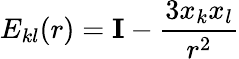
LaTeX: E_{kl}(r)={\mathbf I}-\frac{3x_{k}x_{l}}{r^{2}}